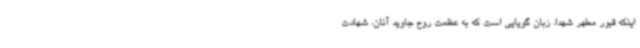
اینکه قبور مطهر شهدا، زبان گویایی است که به عظمت روح جاوید آنان، شهادت